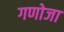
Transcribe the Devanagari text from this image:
गणोजा